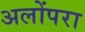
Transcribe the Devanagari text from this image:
अलोंपरा